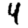
Digit: 4